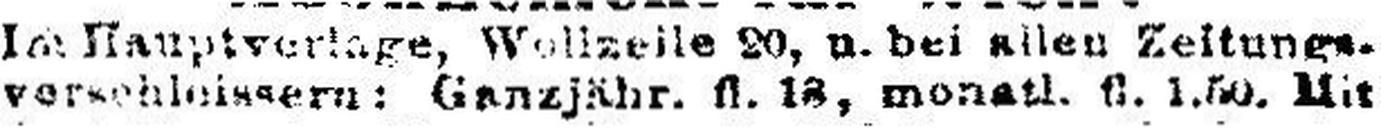
verschleissern: Ganzjähr. fl. 18, monatl. fl. 1.50. Mit